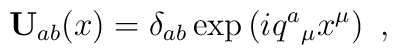
\mathbf{U}_{ab}(x)=\delta_{ab}\exp\left(  i  q^a{}_\mu  x^\mu \right)\ ,